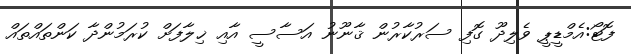
ފޮޓޯ:އެމްޑީޕީ ވެލިދޫ ގޮފި ސަރުކާރުން ޤާނޫނު އަސާސީ އާއި ޚިލާފަށް ކުރަމުންދާ ކަންތައްތައް